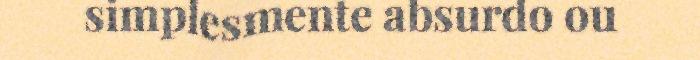
simplesmente absurdo ou